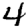
Digit: 4